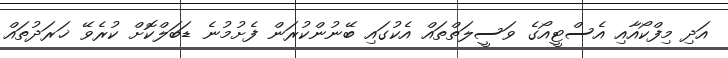
އަދި މިފްކޯއާއި އެސްޓީއޯގެ ވަސީލަތްތައް އެކުގައި ބޭނުންކުރަން ފެށުމުނެ ޑަބަލްކޮށް ކުރެވޭ ޚަރަދުތައް